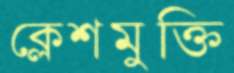
ক্লেশমুক্তি